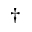
^ \dagger